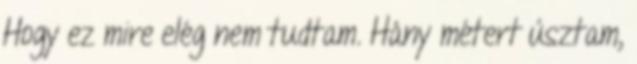
Hogy ez mire elég nem tudtam. Hány métert úsztam,